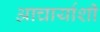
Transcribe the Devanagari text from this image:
आचार्याशी